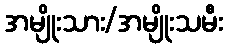
အမျိုးသား/အမျိုးသမီး